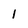
Character: 1